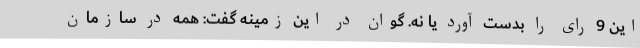
این 9 رای را بدست آورد یا نه. گوان در این زمینه گفت: همه در سازمان